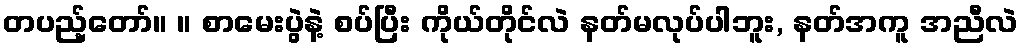
တပည့်တော်။ ။ စာမေးပွဲနဲ့ စပ်ပြီး ကိုယ်တိုင်လဲ နတ်မလုပ်ပါဘူး, နတ်အကူ အညီလဲ